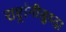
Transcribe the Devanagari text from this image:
राष्ट्रांनीसुध्दा